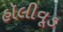
હૉલીવૂડ